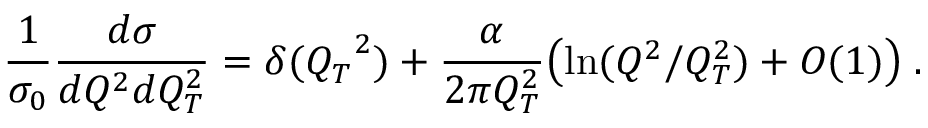
{ \frac { 1 } { \sigma _ { 0 } } } { \frac { d \sigma } { d Q ^ { 2 } d Q _ { T } ^ { 2 } } } = \delta ( { Q _ { T } } ^ { 2 } ) + { \frac { \alpha } { 2 \pi Q _ { T } ^ { 2 } } } \bigl ( \ln ( Q ^ { 2 } / Q _ { T } ^ { 2 } ) + O ( 1 ) \bigr ) \; .